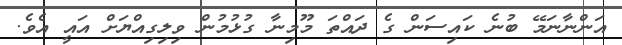
އަންނާނަމޭ ބުނެ ކައިސަން ގެ ދައްތަ މޫމިނާ ގުޅުމުން ވިލިގިއްޔަށް އައީ އެވެ.